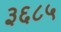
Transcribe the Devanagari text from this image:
३६८५